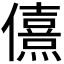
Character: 𰃂